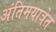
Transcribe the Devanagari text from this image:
अंतिमयात्रेत